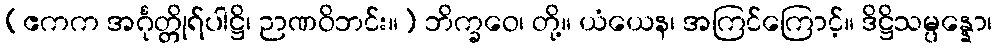
(ဧကက အင်္ဂုတ္တိုရ်ပါဋ္ဌိ၊ ဉာဏဝိဘင်း။) ဘိက္ခဝေ၊ တို့။ ယံယေန၊ အကြင်ကြောင့်။ ဒိဋ္ဌိသမ္ပန္နော၊